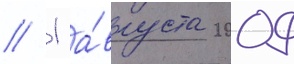
// 1 а́вгуста 2009